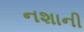
નશાની